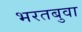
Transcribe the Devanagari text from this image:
भरतबुवा